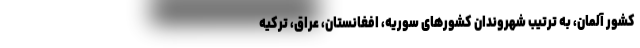
کشور آلمان، به ترتیب شهروندان کشورهای سوریه، افغانستان، عراق، ترکیه